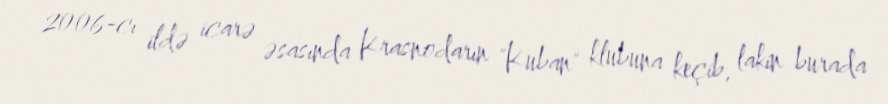
2006-cı ildə icarə əsasında Krasnodarın "Kuban" klubuna keçib, lakin burada